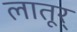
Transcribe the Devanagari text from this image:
लातूर्